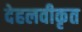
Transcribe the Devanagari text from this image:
देहलवीकृत